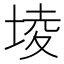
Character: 堎